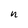
Character: n